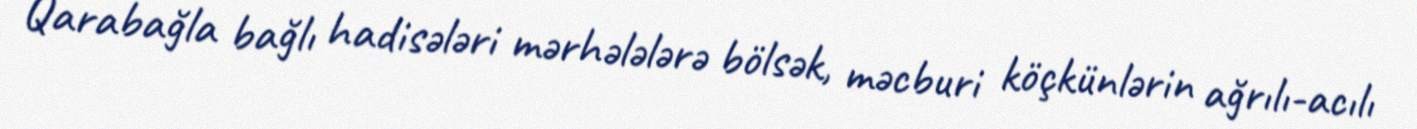
Qarabağla bağlı hadisələri mərhələlərə bölsək, məcburi köçkünlərin ağrılı-acılı